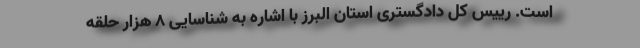
است. رییس کل دادگستری استان البرز با اشاره به شناسایی ۸ هزار حلقه